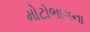
મોટોભાગના